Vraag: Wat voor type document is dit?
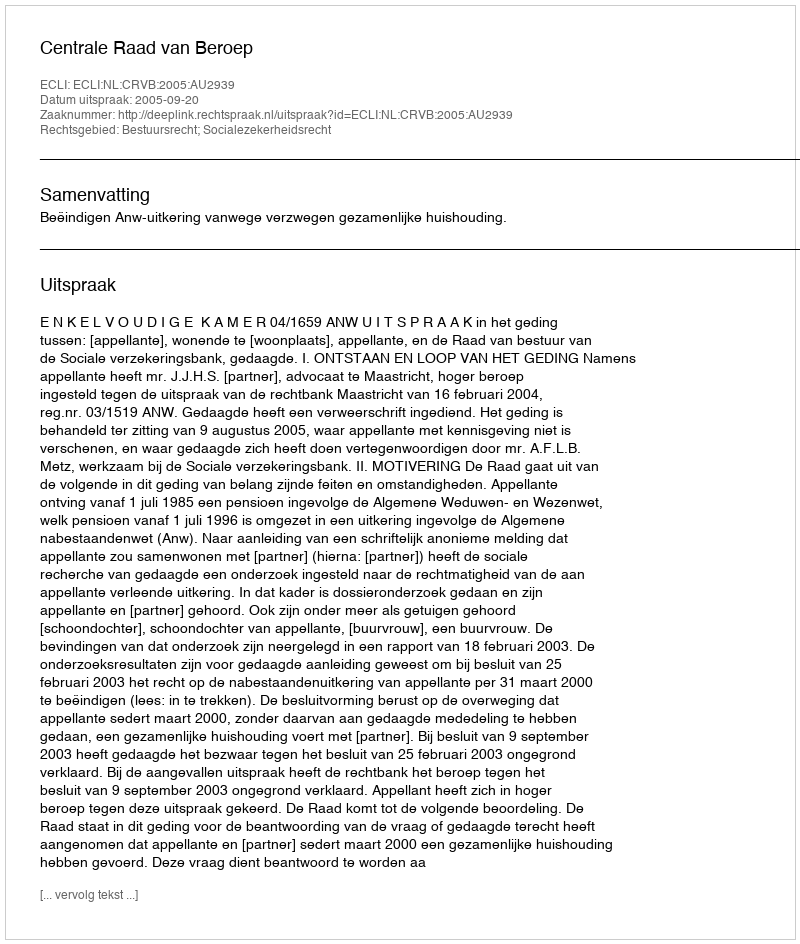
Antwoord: Uitspraak